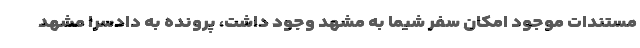
مستندات موجود امکان سفر شیما به مشهد وجود داشت، پرونده به دادسرا مشهد